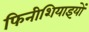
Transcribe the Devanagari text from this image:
फिनीशियाइयों